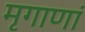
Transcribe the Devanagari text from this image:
मृगाणां